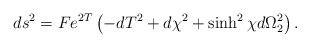
\begin{align*}ds^2=Fe^{2T}\left(-dT^2+d\chi^2+\sinh^2\chi d\Omega_2^2\right).\end{align*}